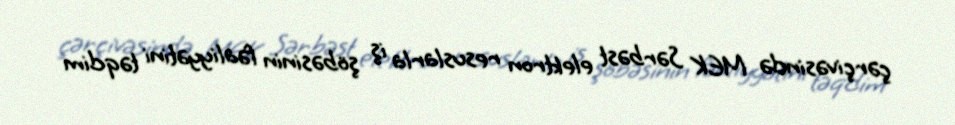
çərçivəsində MEK Sərbəst elektron resuslarla iş şöbəsinin fəaliyyətini təqdim